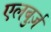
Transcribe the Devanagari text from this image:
एलबुर्ज़